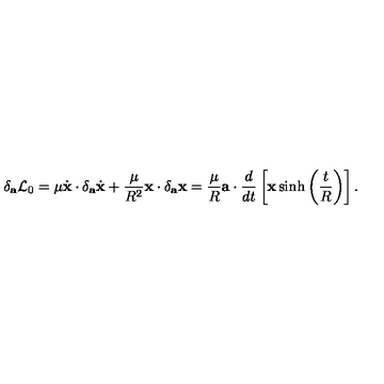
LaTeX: \delta _ { \bf a } { \cal L } _ { 0 } = \mu \dot { \bf x } \cdot \delta _ { \bf a } \dot { \bf x } + \frac { \mu } { R ^ { 2 } } { \bf x } \cdot \delta _ { \bf a } { \bf x } = \frac { \mu } { R } { \bf a } \cdot \frac { d } { d t } \left[ { \bf x } \sinh \left( \frac { t } { R } \right) \right] .